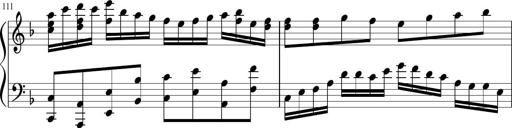
Title: Sonatina in F major
Composer: Ethan Ngo
Key: F major